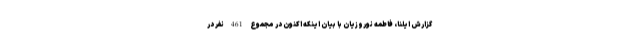
گزارش ایلنا، فاطمه نوروزیان با بیان اینکه اکنون در مجموع 461 نفر در